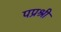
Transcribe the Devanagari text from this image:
पप्रश्री